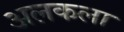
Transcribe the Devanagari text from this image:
अलकला